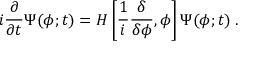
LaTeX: i \frac { \partial } { \partial t } \Psi ( \phi ; t ) = H \left[ \frac { 1 } { i } \frac { \delta } { \delta \phi } , \phi \right] \Psi ( \phi ; t ) \; .